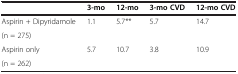
|  | 3-mo | 12-mo | 3-mo CVD | 12-mo CVD |
 | --- | --- | --- | --- | --- |
 | Aspirin + Dipyridamole | 1.1 | 5.7** | 5.7 | 14.7 |
 | (n = 275) |  |  |  |  |
 | Aspirin only | 5.7 | 10.7 | 3.8 | 10.9 |
 | (n = 262) |  |  |  |  |